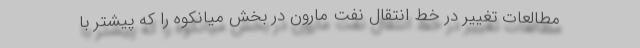
مطالعات تغییر در خط انتقال نفت مارون در بخش میانکوه را که پیشتر با